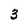
Character: 3